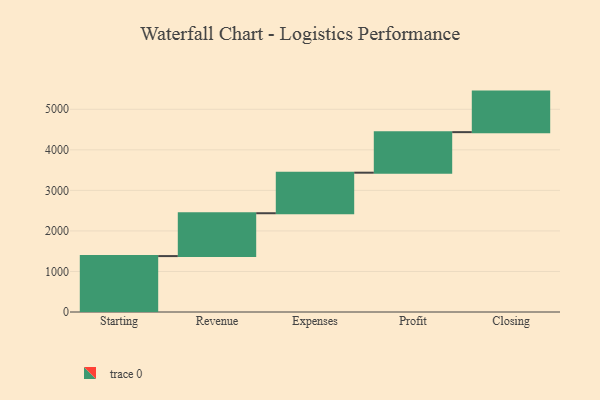
{"axis": {"x": "Step", "y": "Value"}, "legend": [""], "data": [{"x": "Starting", "y": 1379.0, "type": ""}, {"x": "Revenue", "y": 1057.0, "type": ""}, {"x": "Expenses", "y": 1000, "type": ""}, {"x": "Profit", "y": 1000, "type": ""}, {"x": "Closing", "y": 1000, "type": ""}]}